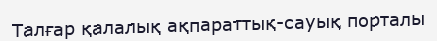
Талғар қалалық ақпараттық-сауық порталы